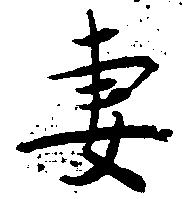
妻